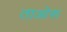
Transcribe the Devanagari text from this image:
ताओरू